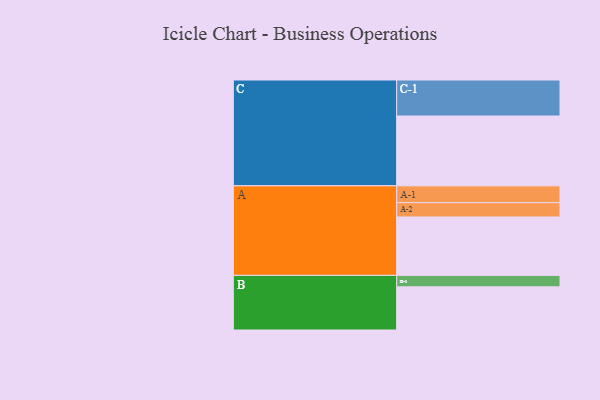
{"axis": {"x": "Segment", "y": "Value"}, "legend": ["", "A", "B", "C"], "data": [{"x": "A", "y": 480, "type": ""}, {"x": "B", "y": 355, "type": ""}, {"x": "C", "y": 574, "type": ""}, {"x": "A-1", "y": 138, "type": "A"}, {"x": "A-2", "y": 118, "type": "A"}, {"x": "B-1", "y": 94, "type": "B"}, {"x": "C-1", "y": 296, "type": "C"}]}